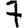
Digit: 7